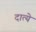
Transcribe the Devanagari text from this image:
दात्ये